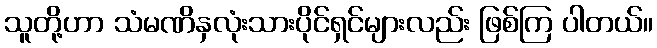
သူတို့ဟာ သံမဏိနှလုံးသားပိုင်ရှင်များလည်း ဖြစ်ကြ ပါတယ်။